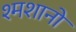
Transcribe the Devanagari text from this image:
श्मशानो